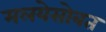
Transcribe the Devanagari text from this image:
मलयेसोबत